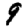
Digit: 9